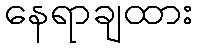
နေရာချထား